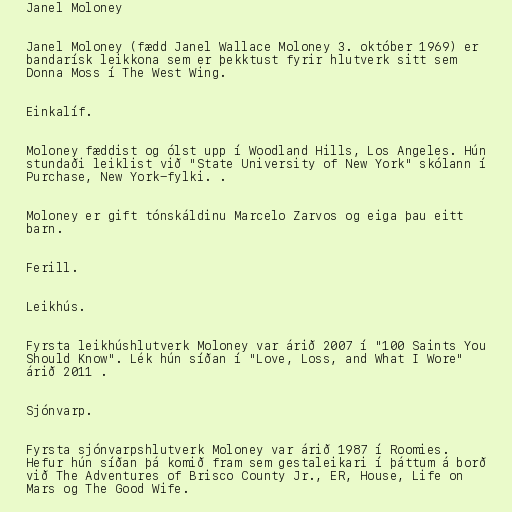
Janel Moloney

Janel Moloney (fædd Janel Wallace Moloney 3. október 1969) er
bandarísk leikkona sem er þekktust fyrir hlutverk sitt sem
Donna Moss í The West Wing.

Einkalíf.

Moloney fæddist og ólst upp í Woodland Hills, Los Angeles. Hún
stundaði leiklist við "State University of New York" skólann í
Purchase, New York-fylki. .

Moloney er gift tónskáldinu Marcelo Zarvos og eiga þau eitt
barn.

Ferill.

Leikhús.

Fyrsta leikhúshlutverk Moloney var árið 2007 í "100 Saints You
Should Know". Lék hún síðan í "Love, Loss, and What I Wore"
árið 2011 .

Sjónvarp.

Fyrsta sjónvarpshlutverk Moloney var árið 1987 í Roomies.
Hefur hún síðan þá komið fram sem gestaleikari í þáttum á borð
við The Adventures of Brisco County Jr., ER, House, Life on
Mars og The Good Wife.